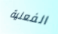
الفعلية